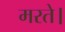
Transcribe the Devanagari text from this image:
मरते।